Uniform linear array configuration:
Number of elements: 8
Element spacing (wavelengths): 0.75
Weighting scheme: exponential
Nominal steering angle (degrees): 60
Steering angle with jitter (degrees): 58.557
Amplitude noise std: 0.05
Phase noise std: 0.05

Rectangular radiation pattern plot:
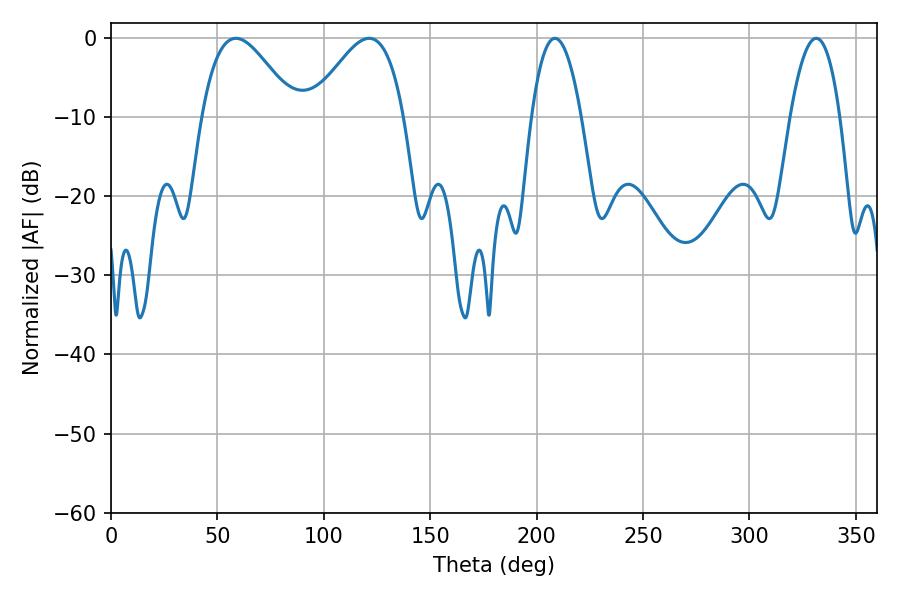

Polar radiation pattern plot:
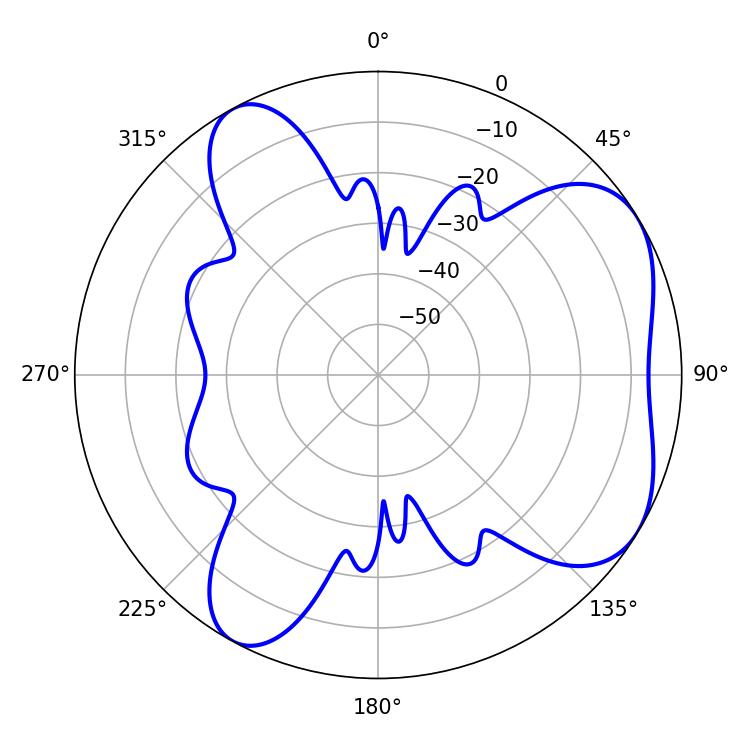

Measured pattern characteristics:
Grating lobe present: TRUE
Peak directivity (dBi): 5.51
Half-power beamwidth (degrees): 12.96
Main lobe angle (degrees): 208.62